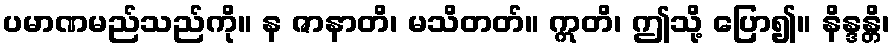
ပမာဏမည်သည်ကို။ န ဇာနာတိ၊ မသိတတ်။ ဣတိ၊ ဤသို့ ပြော၍။ နိန္ဒန္တိ၊